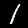
Label: 1